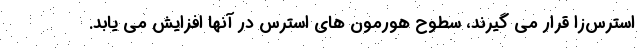
استرس‌زا قرار می گیرند، سطوح هورمون های استرس در آنها افزایش می یابد.